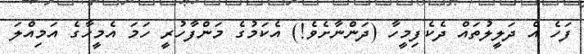
ފަހެ އެ ދަލީލުތައް ދެކެފިމީހާ (ދަންނާށެވެ!) އެކަމުގެ މަންފާހުރީ ހަމަ އެމީހާގެ އަމިއްލަ